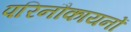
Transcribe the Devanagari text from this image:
परिनौकायनों